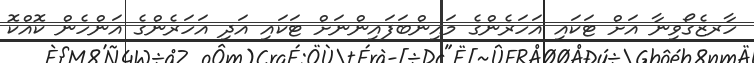
ހާރޒެގޯވިނާ އަށް ޓަކައި އަހަރެންގެ މައިންބަފައިންނަށް ޓަކައި އަދި އަހަރެންގެ އަންހެން ކޮއްކޮ